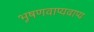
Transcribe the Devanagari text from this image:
भूषणवाप्यवाप्य